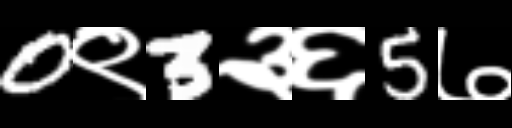
Text: 0९3३६5७